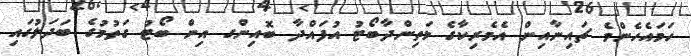
ހަމައެހެންމެ ޗައިނާއިން އެމެރިކާގެ މަތިންދާބޯޓު އުފައްދާ ބޮއިންގ އިން ބޯޓު ގަތުމުގެ ބަދަލުގައި